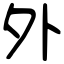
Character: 外